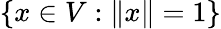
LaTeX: \{ x\in V:\| x\| =1\}